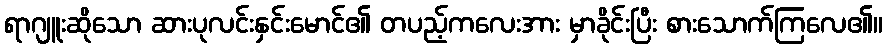
ရာဂျူးဆိုသော ဆားပုလင်းနှင်းမောင်၏ တပည့်ကလေးအား မှာခိုင်းပြီး စားသောက်ကြလေ၏။